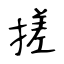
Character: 搓